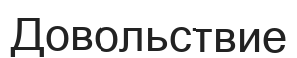
Довольствие